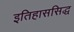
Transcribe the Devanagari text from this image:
इतिहाससिद्ध